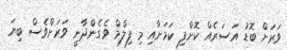
ވަރަށް ބޮޑު އަސަރެއް ކޮށްފި ކަމަށާއި މި ފިލްމް ވެގެންދާނީ ވަރަށްވެސް ބިޔަ